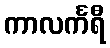
ကာလင်္ကရီ